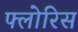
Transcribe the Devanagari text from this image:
फ्लोरिस